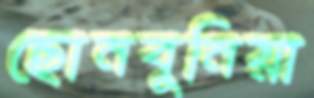
ছোনবুনিয়া